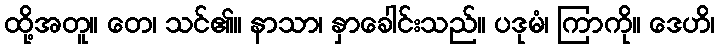
ထို့အတူ။ တေ၊ သင်၏။ နာသာ၊ နှာခေါင်းသည်။ ပဒုမံ၊ ကြာကို။ ဒေဟိ၊